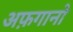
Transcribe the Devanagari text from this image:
अफ़गानो